Structure of Hæmatopota pluvialis (Meigen) - Number 55
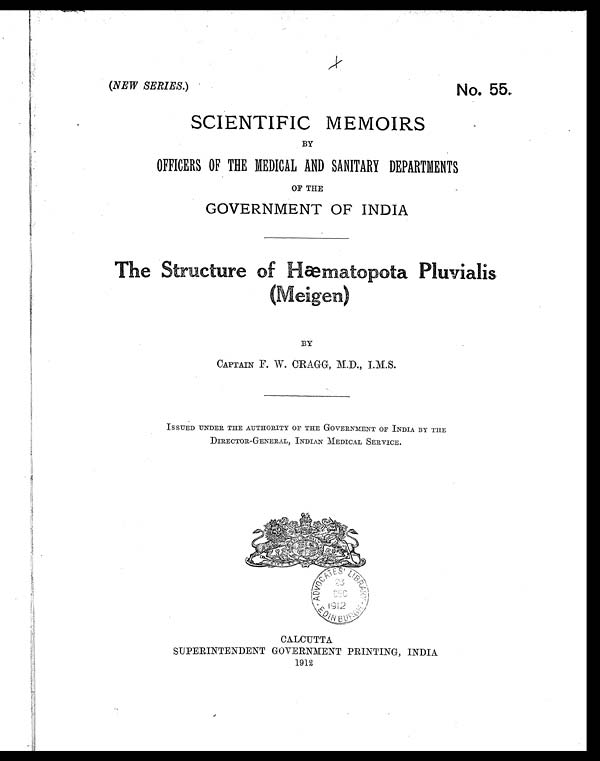
(NEW SERIES. )
No. 55 .
SCIENTIFIC MEMOIRS
BY
OFFICERS OF THE MEDICAL AND SANITARY DEPARTMENTS
OF THE
GOVERNMENT OF INDIA
T h e
S
tructure of Hæmatopota Pluvialis
(Meigen)
BY
CAPTAIN F. W. CRAGG, M.D., I.M.S.
ISSUED UNDER THE AUTHORITY OF THE GOVERNMENT OF INDIA BY THE
DIRECTOR-GENERAL, INDIAN MEDICAL SERVICE.
CALCUTTA
SUPERINTENDENT GOVERNMENT PRINTING, INDIA
1912